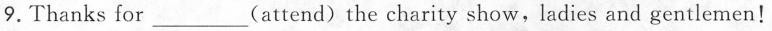
9. Thanks for ___(attend)the charity show,ladies and gentlemen!